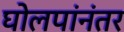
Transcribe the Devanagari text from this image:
घोलपांनंतर